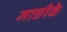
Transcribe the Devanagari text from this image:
माछीके